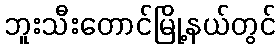
ဘူးသီးတောင်မြို့နယ်တွင်